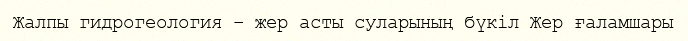
Жалпы гидрогеология – жер асты суларының бүкіл Жер ғаламшары